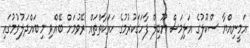
އަމީނިއްޔާ ސްކޫލުގެ އަލިމަސް ޔޫބިލް ފާހަގަކުރުމުގެ ހަރަކާތްތައް ރޭވުމަށް ބޭއްވި މި ބައްދަލުވުމުގައި